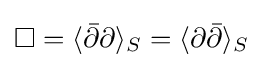
\square =\langle {\bar {\partial }}\partial \rangle _{S}=\langle \partial {\bar {\partial }}\rangle _{S}